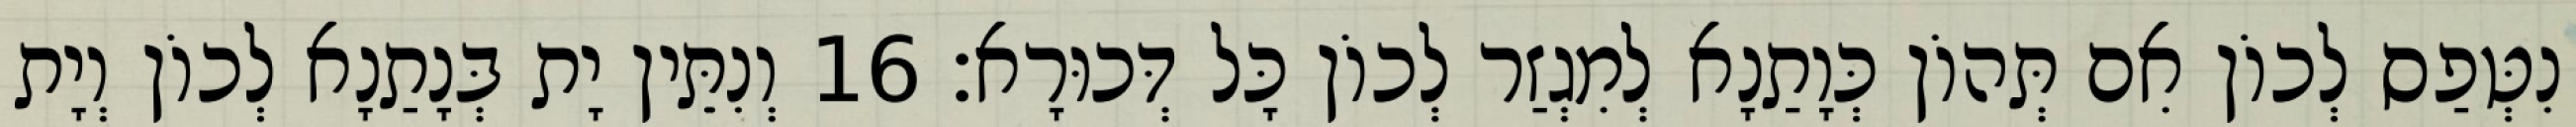
נִטְּפַס לְכוֹן אִם תְּהוֹן כְּוָתַנָא לְמִגְזַר לְכוֹן כָּל דְּכוּרָא׃ 16 וְנִתֵּין יָת בְּנָתַנָא לְכוֹן וְיָת